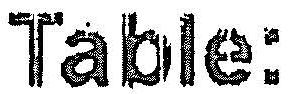
TABLE: